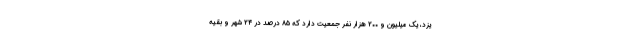
یزد، یک میلیون و ۲۰۰ هزار نفر جمعیت دارد که ۸۵ درصد در ۲۴ شهر و بقیه